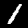
Digit: 1